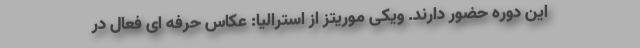
این دوره حضور دارند. ویکی موریتز از استرالیا: عکاس حرفه ای فعال در